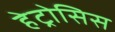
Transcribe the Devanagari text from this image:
हेट्रोसिस